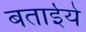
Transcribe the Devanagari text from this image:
बताईये